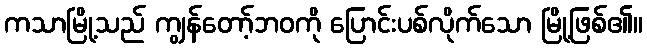
ကသာမြို့သည် ကျွန်တော့်ဘဝကို ပြောင်းပစ်လိုက်သော မြို့ဖြစ်၏။